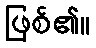
ဖြစ်၏။